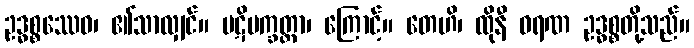
ဥဒ္ဓစ္စဿေဝ၊ ၏သာလျှင်။ ပဋိပက္ခတ္တာ၊ ကြောင့်။ တေဟိ၊ ထိုနီ ဝရဏ ဥဒ္ဓစ္စတို့သည်။